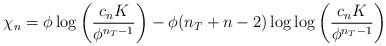
LaTeX: \begin{align*}\chi_n = \phi \log \left( \frac{c_n K}{\phi^{n_T-1}}\right) - \phi(n_T+n-2) \log\log \left(\frac{c_n K}{\phi^{n_T -1}} \right)\end{align*}